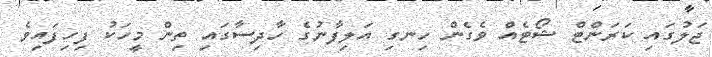
ޖަލުގައި ކަރަންޓް ޝޯޓެއް ވެގެން ހިނގި އަލިފާނުގެ ހާދިސާގައި ތިން މީހަކު ފިހިފައިވެ